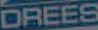
DREES